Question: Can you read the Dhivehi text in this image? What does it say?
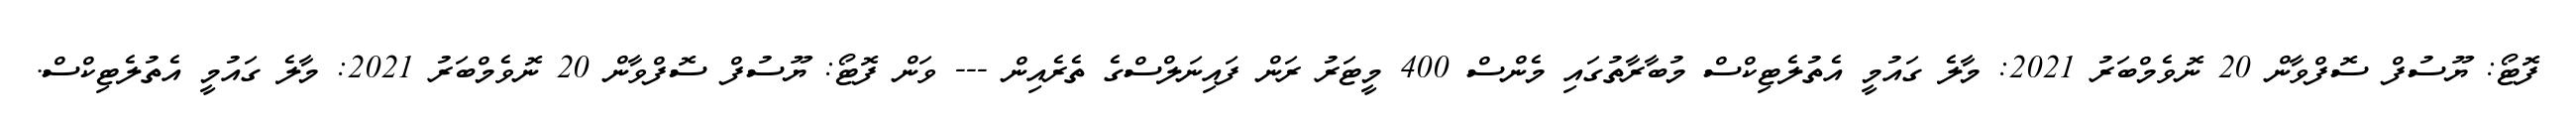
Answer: ފޮޓޯ: ޔޫސުފް ސޮފްވާން 20 ނޮވެމްބަރު 2021: މާލެ ގައުމީ އެތުލެޓިކްސް މުބާރާތުގައި މެންސް 400 މީޓަރު ރަން ފައިނަލްސްގެ ތެރެއިން --- ވަން ފޮޓޯ: ޔޫސުފް ސޮފްވާން 20 ނޮވެމްބަރު 2021: މާލެ ގައުމީ އެތުލެޓިކްސް.